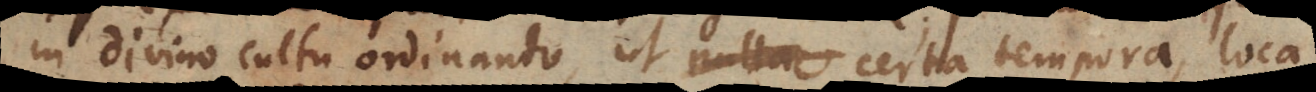
in divino cultu ordinando, ut nulla certa tempora, loca,